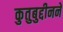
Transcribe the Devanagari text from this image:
कुतुबुद्दीनने